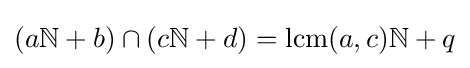
(a\mathbb {N} +b)\cap (c\mathbb {N} +d)=\operatorname {lcm} (a,c)\mathbb {N} +q